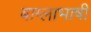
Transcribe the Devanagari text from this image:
बाग्लाभाषी